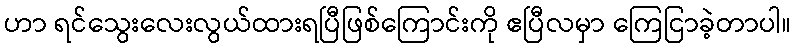
ဟာ ရင်သွေးလေးလွယ်ထားရပြီဖြစ်ကြောင်းကို ဧပြီလမှာ ကြေငြာခဲ့တာပါ။